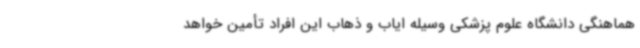
هماهنگی دانشگاه علوم پزشکی وسیله ایاب و ذهاب این افراد تأمین خواهد